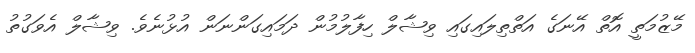
މޭޒުމަތީ އޮތް އޭނަގެ އަތްތިލައިގައި ވިޝާލް ހިފާލުމުން ދަމައިގަންނަން އުޅުނެވެ. ވިޝާލް އެވަގުތު